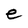
Character: e